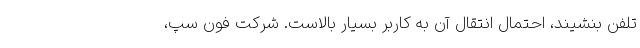
تلفن بنشیند، احتمال انتقال آن به کاربر بسیار بالاست. شرکت فون سُپ،